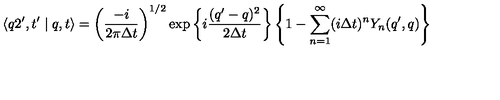
\langle q 2 ^ { \prime } , t ^ { \prime } \mid q , t \rangle = \left( \frac { - i } { 2 \pi \Delta t } \right) ^ { 1 / 2 } \exp \left\{ i \frac { ( q ^ { \prime } - q ) ^ { 2 } } { 2 \Delta t } \right\} \left\{ 1 - \sum _ { n = 1 } ^ { \infty } ( i \Delta t ) ^ { n } Y _ { n } ( q ^ { \prime } , q ) \right\}